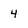
Character: 4